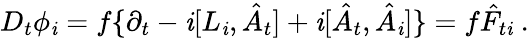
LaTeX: D_{t}\phi_{\mathit{i}}=f\{ \partial_{t}-\mathit{i}[L_{\mathit{i}},\hat{{A}}_{t}]+\mathit{i}[\hat{{A}}_{t},\hat{{A}}_{\mathit{i}}]\} =f\hat{{F}}_{t\mathit{i}}\ .